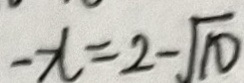
- x = 2 - \sqrt { 1 0 }